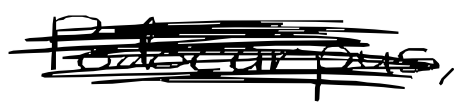
Text: Podocarpus,
Cross-out: scratch
Writing tool: digital_black